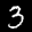
Label: 3